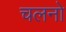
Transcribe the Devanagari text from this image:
चलनो